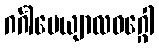
ဂင်္ဂါပေယျာလဝဂ္ဂေါ